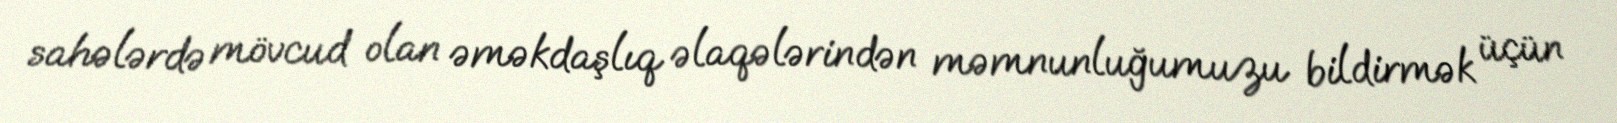
sahələrdə mövcud olan əməkdaşlıq əlaqələrindən məmnunluğumuzu bildirmək üçün